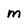
Character: m